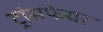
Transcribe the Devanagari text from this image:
ट्रांसफेयर